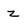
Character: z